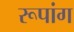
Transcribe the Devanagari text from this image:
रूपांग